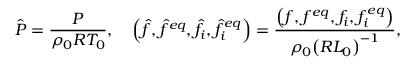
\hat { P } = \frac { P } { { { \rho _ { 0 } } { R } T _ { 0 } } } , \quad \left( { \hat { f } , { { \hat { f } } ^ { e q } } , { { \hat { f } } _ { i } } , \hat { f } _ { i } ^ { e q } } \right) = \frac { { \left( { f , { f ^ { e q } } , { f _ { i } } , f _ { i } ^ { e q } } \right) } } { { { \rho _ { 0 } } { { \left( { R { L _ { 0 } } } \right) } ^ { - 1 } } } } ,